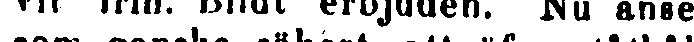
vit frih. Bildt erbjuden. Nu anse